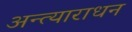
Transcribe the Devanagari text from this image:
अन्त्याराधन